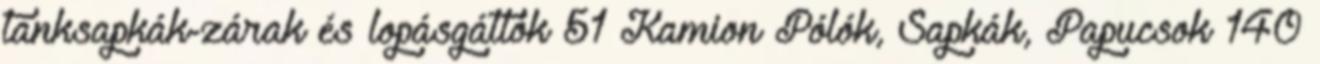
tanksapkák-zárak és lopásgátlók 51 Kamion Pólók, Sapkák, Papucsok 140